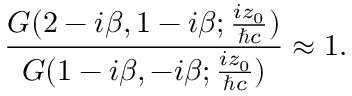
\frac { G ( 2 - i { \beta } , 1 - i { \beta } ; \frac { i z _ { 0 } } { { \hbar } c } ) } { G ( 1 - i { \beta } , - i { \beta } ; \frac { i z _ { 0 } } { { \hbar } c } ) } \approx 1 .